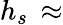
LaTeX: h_{s}\, \approx